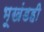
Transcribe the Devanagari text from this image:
भूखंडही